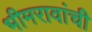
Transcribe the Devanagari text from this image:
भीमरावांची